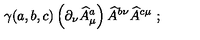
\gamma ( a , b , c ) \left( \partial _ { \nu } \widehat { A } _ { \mu } ^ { a } \right) \widehat { A } ^ { b \nu } \widehat { A } ^ { c \mu } \ ;